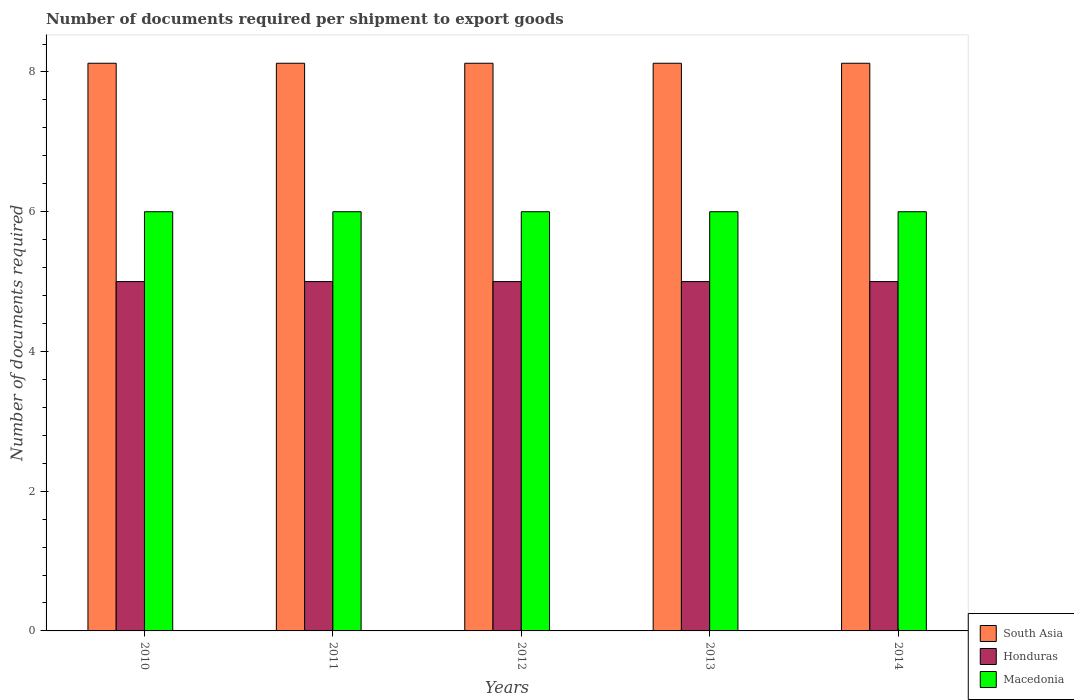
| Years | South Asia | Honduras | Macedonia |
 | --- | --- | --- | --- |
 | 2010 | 8.12 | 5 | 6 |
 | 2011 | 8.12 | 5 | 6 |
 | 2012 | 8.12 | 5 | 6 |
 | 2013 | 8.12 | 5 | 6 |
 | 2014 | 8.12 | 5 | 6 |